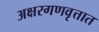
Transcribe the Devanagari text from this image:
अक्षरगणवृत्तात